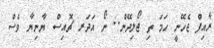
ރާއިފް ޖެހޭނީ ހަމަ ތި ޖޯލިދޭން.. ނޯ އަދަރ ޗޮއިސް ޔާނިޔާ ވެސް